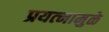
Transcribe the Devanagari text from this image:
प्रयत्‍नामुळे